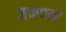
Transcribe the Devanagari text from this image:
सकपका